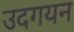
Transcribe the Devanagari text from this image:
उदगयन